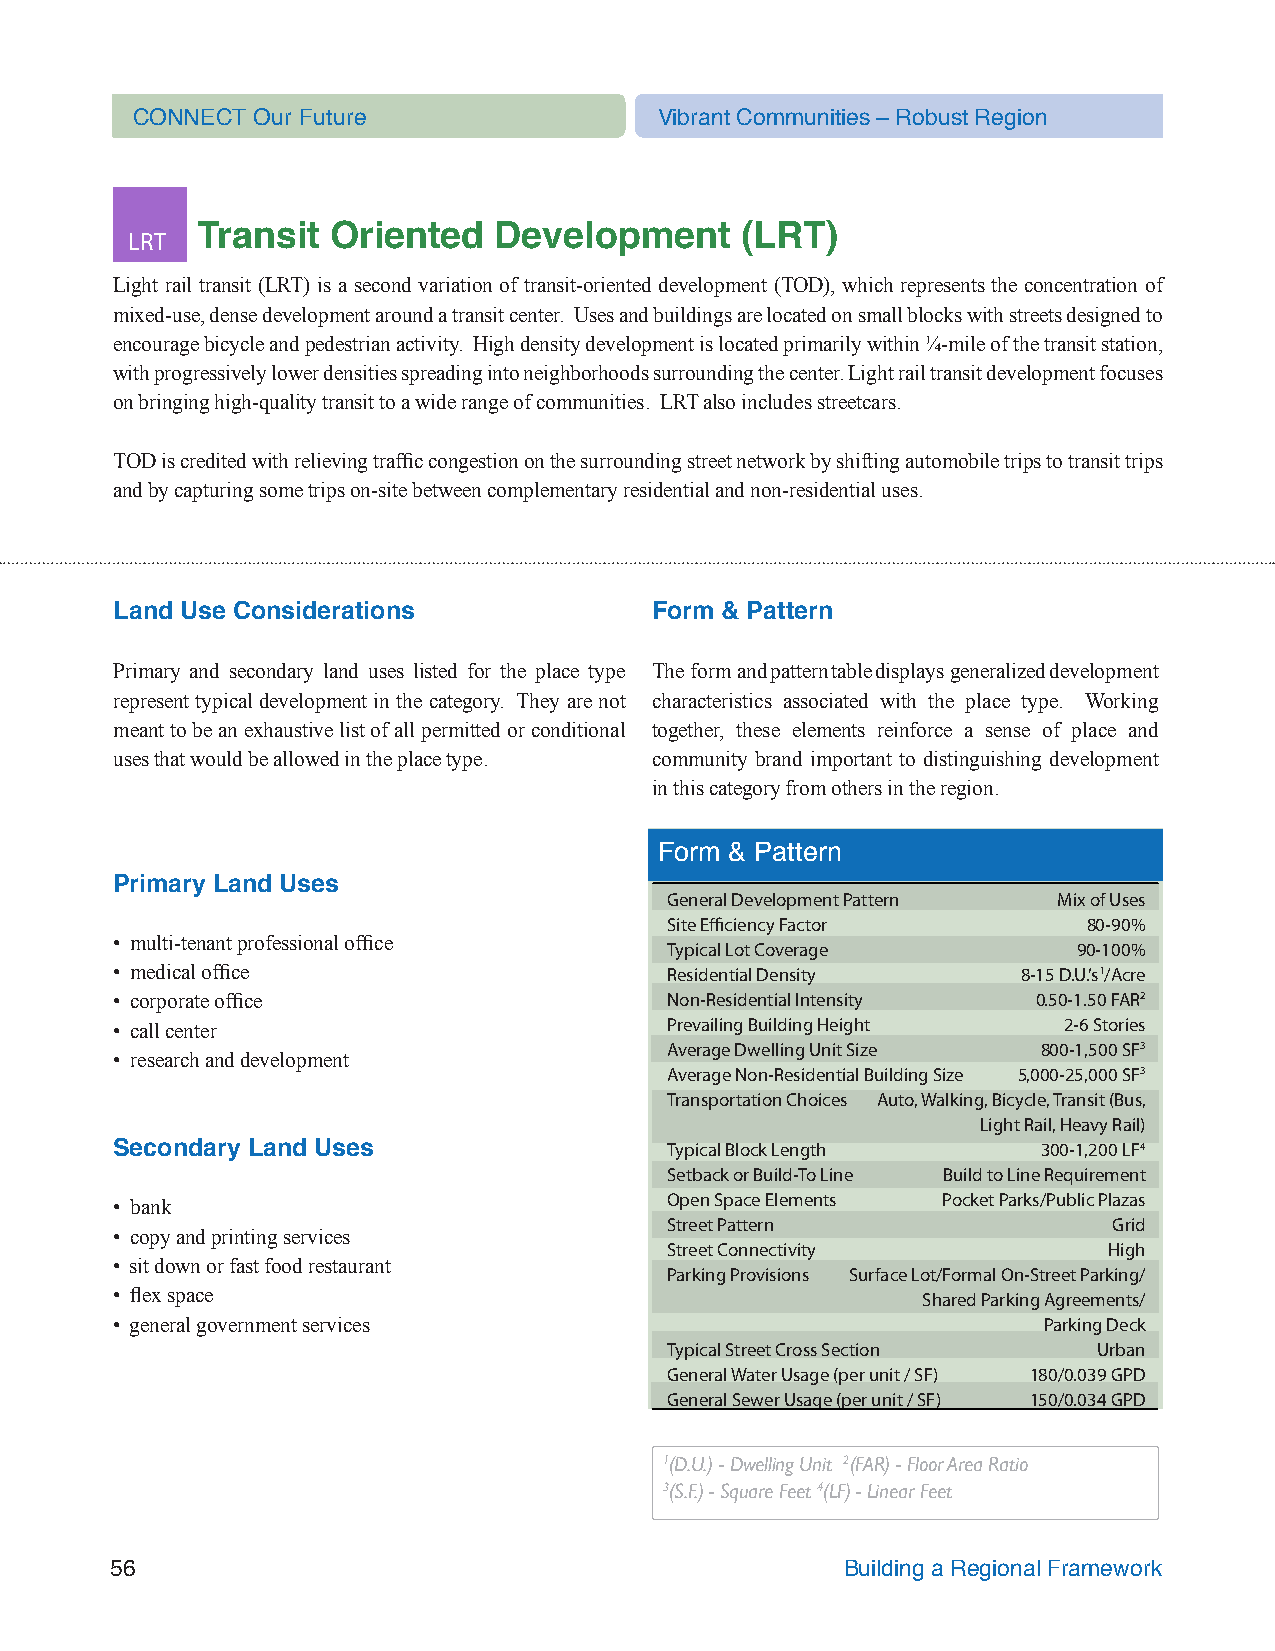
CONNECT Our Future                 Vibrant Communities – Robust Region
 LRT  Transit  Oriented   Development     (LRT)
 Light rail transit (LRT) is a second variation of transit-oriented development (TOD), which represents the concentration of
 mixed-use, dense development around a transit center. Uses and buildings are located on small blocks with streets designed to
 encourage bicycle and pedestrian activity. High density development is located primarily within ¼-mile of the transit station,
 with progressively lower densities spreading into neighborhoods surrounding the center. Light rail transit development focuses
 on bringing high-quality transit to a wide range of communities. LRT also includes streetcars.
 TOD is credited with relieving traffic congestion on the surrounding street network by shifting automobile trips to transit trips
 and by capturing some trips on-site between complementary residential and non-residential uses.
 Land Use Considerations            Form & Pattern
 Primary and secondary land uses listed for the place type The form and pattern table displays generalized development
 represent typical development in the category. They are not characteristics associated with the place type. Working
 meant to be an exhaustive list of all permitted or conditional together, these elements reinforce a sense of place and
 uses that would be allowed in the place type. community brand important to distinguishing development
 in this category from others in the region.
 Form & Pattern
 Primary Land Uses
 General Development Pattern Mix of Uses
 Site Efficiency Factor      80-90%
 • multi-tenant professional office
 Typical Lot Coverage       90-100%
 • medical office                     Residential Density     8-15 D.U.’s1/Acre
 • corporate office                   Non-Residential Intensity 0.50-1.50 FAR2
 • call center                        Prevailing Building Height 2-6 Stories
 Average Dwelling Unit Size 800-1,500 SF3
 • research and development
 Average Non-Residential Building Size 5,000-25,000 SF3
 Transportation Choices Auto, Walking, Bicycle, Transit (Bus,
 Light Rail, Heavy Rail)
 Secondary Land Uses                  Typical Block Length     300-1,200 LF4
 Setback or Build-To Line Build to Line Requirement
 Open Space Elements Pocket Parks/Public Plazas
 • bank
 Street Pattern                Grid
 • copy and printing services
 Street Connectivity          High
 • sit down or fast food restaurant
 Parking Provisions Surface Lot/Formal On-Street Parking/
 • flex space                                          Shared Parking Agreements/
 • general government services                                 Parking Deck
 Typical Street Cross Section Urban
 General Water Usage (per unit / SF) 180/0.039 GPD
 General Sewer Usage (per unit / SF) 150/0.034 GPD
 1(D.U.) - Dwelling Unit 2(FAR) - Floor Area Ratio
 3(S.F.) - Square Feet 4(LF) - Linear Feet
 56                                               Building a Regional Framework